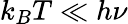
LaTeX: k_{B}T\ll h\nu